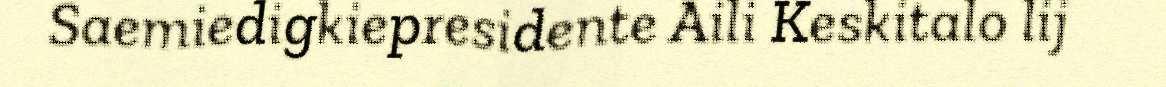
Saemiedigkiepresidente Aili Keskitalo lij